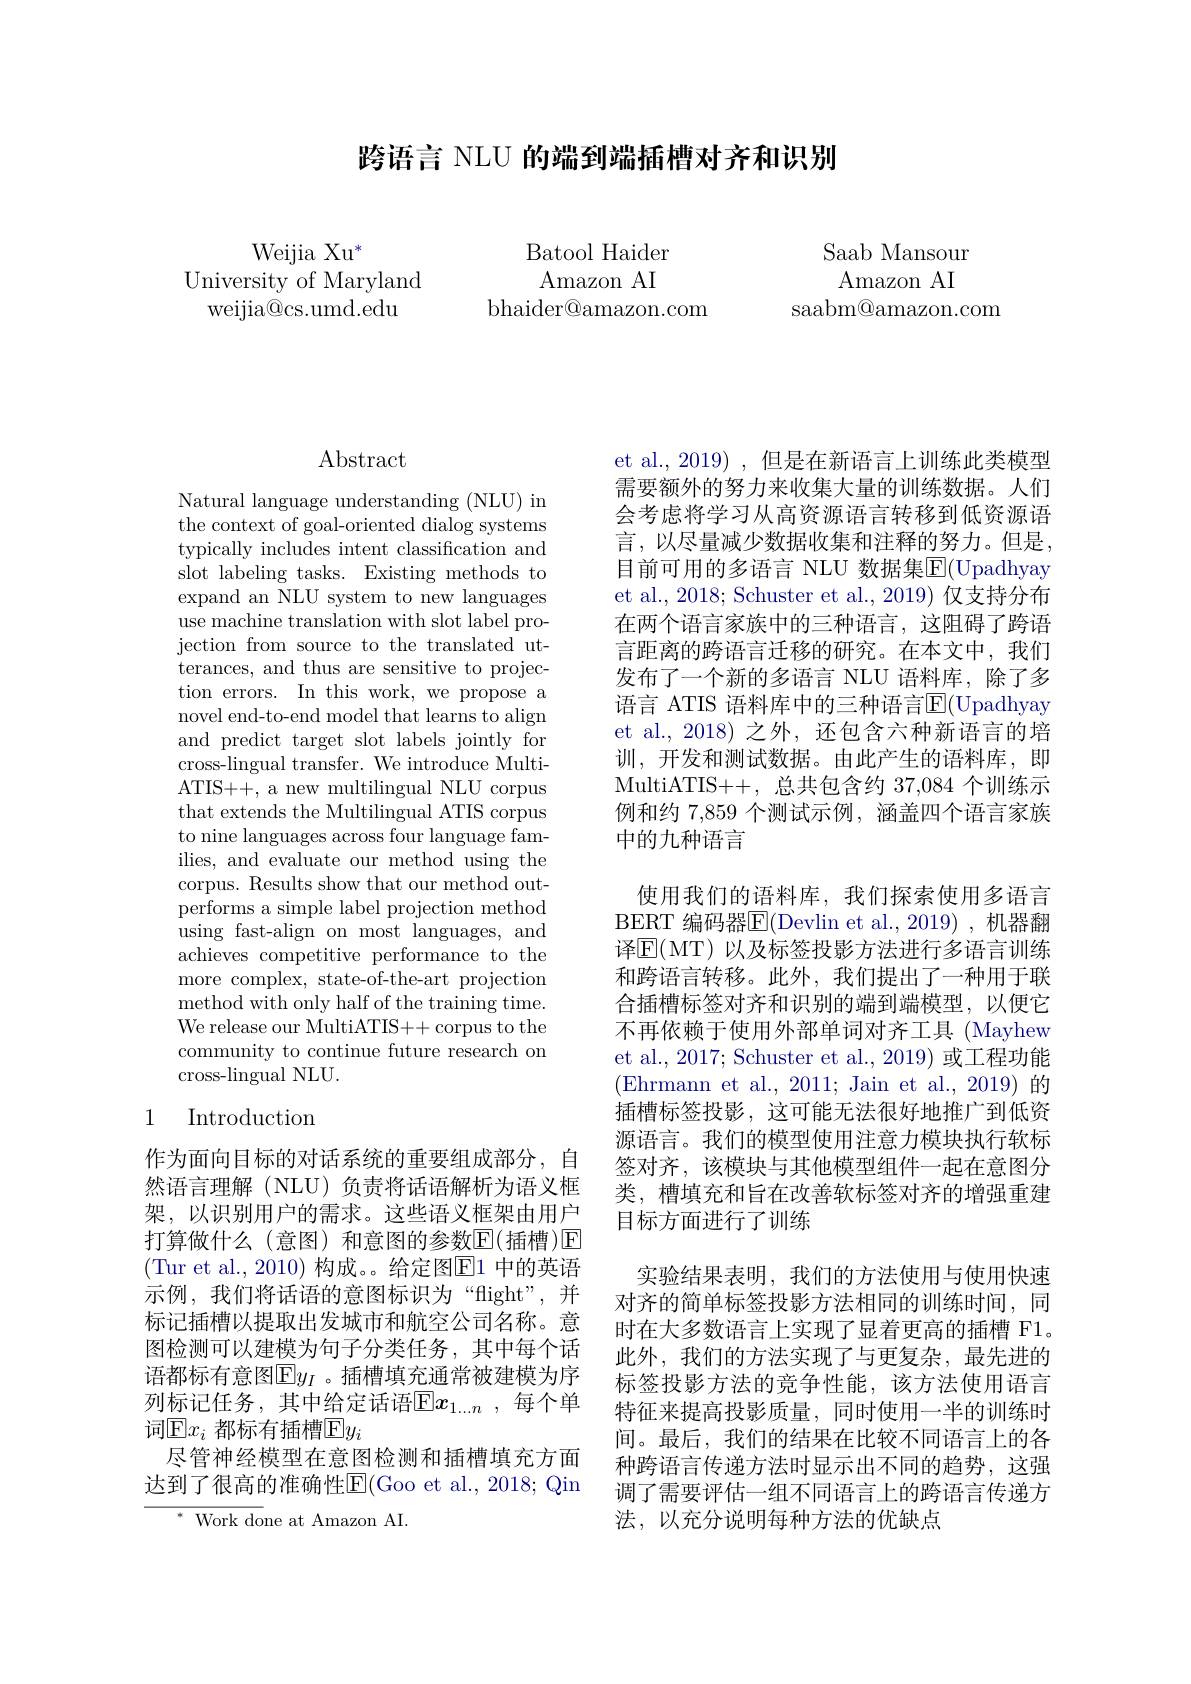
跨语言 NLU 的端到端插槽对齐和识别

Batool Haider Amazon AI
bhaider@amazon.com

Weijia Xu$^*$
University of Maryland
weijia@cs.umd.edu

Saab Mansour Amazon AI
saabm@amazon.com

# Abstract

Natural language understanding (NLU) in the context of goal-oriented dialog systems typically includes intent classification and slot labeling tasks. Existing methods to expand an NLU system to new languages use machine translation with slot label projection from source to the translated utterances, and thus are sensitive to projection errors. In this work, we propose a novel end-to-end model that learns to align and predict target slot labels jointly for cross-lingual transfer. We introduce MultiATIS++, a new multilingual NLU corpus that extends the Multilingual ATIS corpus to nine languages across four language families, and evaluate our method using the corpus. Results show that our method outperforms a simple label projection method using fast-align on most languages, and achieves competitive performance to the more complex, state-of-the-art projection method with only half of the training time. We release our MultiATIS++ corpus to the community to continue future research on cross-lingual NLU.

## 1 Introduction

作为面向目标的对话系统的重要组成部分，自然语言理解(NLU)负责将话语解析为语义框架，以识别用户的需求。这些语义框架由用户打算做什么(意图) 和意图的参数$\mathbb{E}($插槽)$\mathbb{E}$ (Tur et al., 2010) 构成。。给定图$\overline{\mathrm{E}}1$ 中的英语示例，我们将话语的意图标识为“flight”,并标记插槽以提取出发城市和航空公司名称。意图检测可以建模为句子分类任务，其中每个话语都标有意图$\overline{\mathbb{E}}y_I$ 。插槽填充通常被建模为序列标记任务，其中给定话语$\overline{\mathrm{E}}x_{1...n}$,每个单词$\mathbb{E}x_i$ 都标有插槽$\mathbb{E}y_i$
尽管神经模型在意图检测和插槽填充方面达到了很高的准确性E$( Goo et al. , 2018; Qin$
${^{*}{\mathrm{~Work~done~at~Amazon~AI.}}}$

et al., 2019) , 但是在新语言上训练此类模型需要额外的努力来收集大量的训练数据。人们会考虑将学习从高资源语言转移到低资源语言，以尽量减少数据收集和注释的努力。但是， 目前可用的多语言 NLU 数据集$\mathbb{E}($Upadhyay et al., 2018; Schuster et al., 2019) 仅支持分布在两个语言家族中的三种语言，这阻碍了跨语言距离的跨语言迁移的研究。在本文中，我们发布了一个新的多语言 NLU 语料库，除了多语言 ATIS 语料库中的三种语言$\overline{\mathrm{E}}($Upadhyay et al.,2018)之外，还包含六种新语言的培训，开发和测试数据。由此产生的语料库，即MultiATIS+ + , 总共包含约 37,084 个训练示例和约 7,859 个测试示例，涵盖四个语言家族中的九种语言
使用我们的语料库，我们探索使用多语言译$\mathbb{E}($MT)以及标签投影方法进行多语言训练和跨语言转移。此外，我们提出了一种用于联合插槽标签对齐和识别的端到端模型，以便它不再依赖于使用外部单词对齐工具 (Mayhew et al., 2017; Schuster et al., 2019) 或工程功能(Ehrmann et al., 2011; Jain et al., 2019)的插槽标签投影，这可能无法很好地推广到低资源语言。我们的模型使用注意力模块执行软标签对齐，该模块与其他模型组件一起在意图分类，槽填充和旨在改善软标签对齐的增强重建目标方面进行了训练
实验结果表明，我们的方法使用与使用快速对齐的简单标签投影方法相同的训练时间，同时在大多数语言上实现了显着更高的插槽 F1。此外，我们的方法实现了与更复杂，最先进的标签投影方法的竞争性能，该方法使用语言特征来提高投影质量，同时使用一半的训练时间。最后，我们的结果在比较不同语言上的各种跨语言传递方法时显示出不同的趋势，这强调了需要评估一组不同语言上的跨语言传递方法，以充分说明每种方法的优缺点